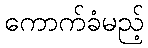
ကောက်ခံမည့်